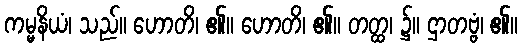
ကမ္မနိယံ၊ သည်။ ဟောတိ၊ ၏။ ဟောတိ၊ ၏။ တတ္ထ၊ ၌။ ဌာတဗ္ဗံ၊ ၏။